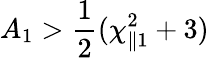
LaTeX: A_{1}>\frac{1}{2}(\chi_{\parallel 1}^{2}+3)